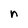
Character: n